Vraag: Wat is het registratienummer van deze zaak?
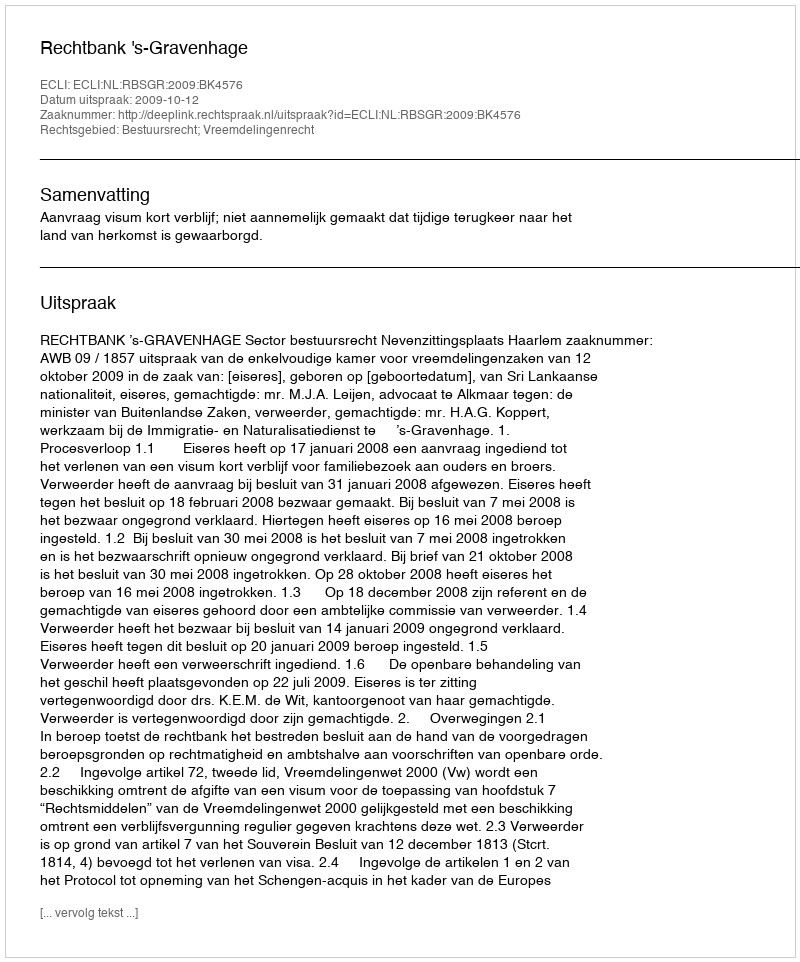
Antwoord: http://deeplink.rechtspraak.nl/uitspraak?id=ECLI:NL:RBSGR:2009:BK4576